Madras plague regulations in force outside the Presidency town - Volume 1
Disease focus: Plague
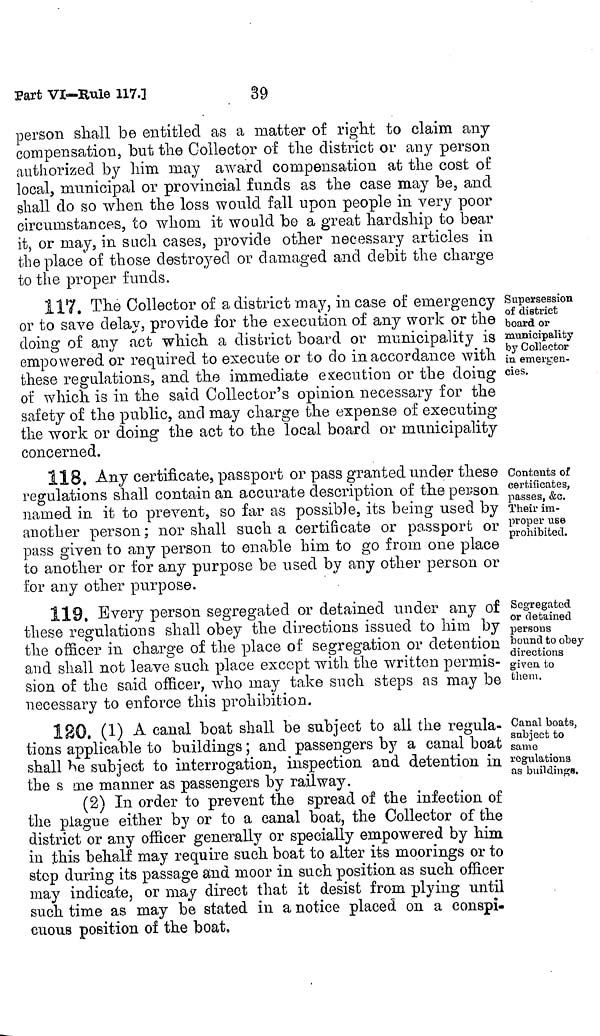
39
Part VI-Rule 117.1
person shall be entitled as a matter of right to claim any
compensation, but the Collector of the district or any person
authorized by him may award compensation at the cost of
local, municipal or provincial funds as the case may be, and
shall do so when the loss would fall upon people in very poor
circumstances, to whom it would be a great hardship to bear
it, or may, in such cases, provide other necessary articles in
the place of those destroyed or damaged and debit the charge
to the proper funds.
Supersession
of district
board or
municipality
by Collector
in emergen-
cies.
117. The Collector of a district may, in case of emergency
or to save delay, provide for the execution of any work or the
doing of any act which a district board or municipality is
empowered or required to execute or to do in accordance with
these regulations, and the immediate execution or the doing
of which is in the said Collector's opinion necessary for the
safety of the public, and may charge the expense of executing
the work or doing the act to the local board or municipality
concerned.
Contents of
certificates,
passes, &c.
Their im-
proper use
prohibited.
118. Any certificate, passport or pass granted under these
regulations shall contain an accurate description of the person
named in it to prevent, so far as possible, its being used by
another person; nor shall such certificate or passport or
pass given to any person to enable him to go from one place
to another or for any purpose be used by any other person or
for any other purpose.
Segregated
or detained
persons
bound to obey
directions
given to
them.
119, Every person segregated or detained under any of
these regulations shall obey the directions issued to him by
the officer in charge of the place of segregation or detention
and shall not leave such place except with the written permis-
sion of the said officer, who may take such steps as may be
necessary to enforce this prohibition.
Canal boats,
subject to
same
regulations
as buildings.
120. (1) A canal boat shall be subject to all the regula-
tions applicable to buildings ; and passengers by a canal boat
shall he subject to interrogation, inspection and detention in
the s me manner as passengers by railway.
(2) in order to prevent the spread of the infection of
the plague either by or to a canal boat, the Collector of the
district or any officer generally or specially empowered by him
in this behalf may require such boat to alter its moorings or to
stop during its passage and moor in such position as such officer
may indicate, or may direct that it desist from plying until
such time as may be stated in a notice placed on a conspi-
cuous position of the boat,